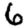
Digit: 6